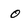
Character: 0